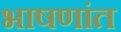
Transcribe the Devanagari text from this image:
भाषणांत